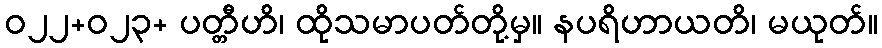
ဝ၂၂+၀၂၃+ ပတ္တီဟိ၊ ထိုသမာပတ်တို့မှ။ နပရိဟာယတိ၊ မယုတ်။